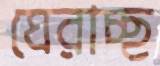
ঘেরাচ্ছ